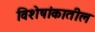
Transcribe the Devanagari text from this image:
विशेषांकातील